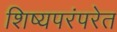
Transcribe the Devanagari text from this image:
शिष्यपरंपरेत